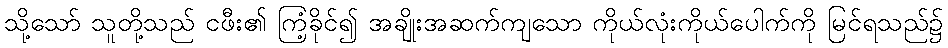
သို့သော် သူတို့သည် ငဖီး၏ ကြံ့ခိုင်၍ အချိုးအဆက်ကျသော ကိုယ်လုံးကိုယ်ပေါက်ကို မြင်ရသည်၌